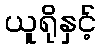
ယူရိုနှင့်